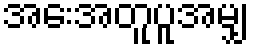
အေးအတူပူအမျှ